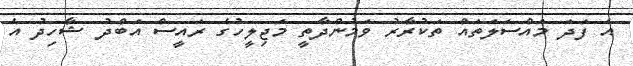
އެ ފަދަ މައްސަލަތައް ތަކުރާރު ވަމުންދާތީ މަޖިލީހުގެ ރައީސް އަބްދު ޝާހިދު އެ